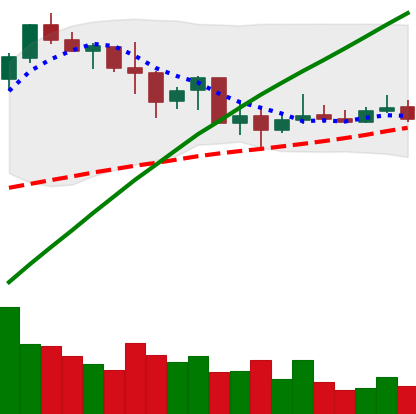
Ticker: BNB-USD
Chart end date: 2019-07-09
Forward return: -11.567%
Label: down_7plus